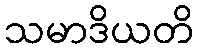
သမာဒိယတိ